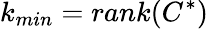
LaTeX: k_{min}=rank(C^{*})